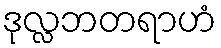
ဒုလ္လဘတရာဟံ